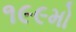
૧૯૯મો